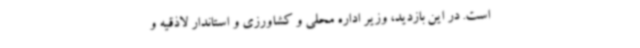
است. در این بازدید، وزیر اداره محلی و کشاورزی و استاندار لاذقیه و